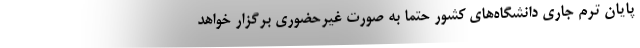
پایان ترم جاری دانشگاه‌های کشور حتماً به صورت غیرحضوری برگزار خواهد